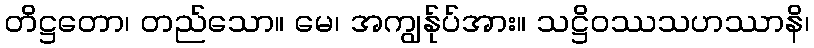
တိဋ္ဌတော၊ တည်သော။ မေ၊ အကျွန်ုပ်အား။ သဋ္ဌိဝဿသဟဿာနိ၊